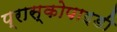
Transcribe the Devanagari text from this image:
प्रास्कोपाइडी